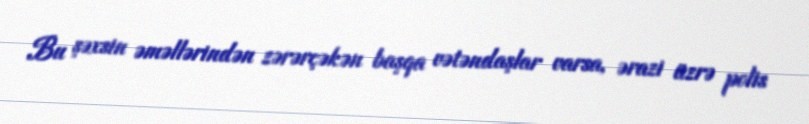
Bu şəxsin əməllərindən zərərçəkən başqa vətəndaşlar varsa, ərazi üzrə polis